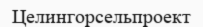
Целингорсельпроект